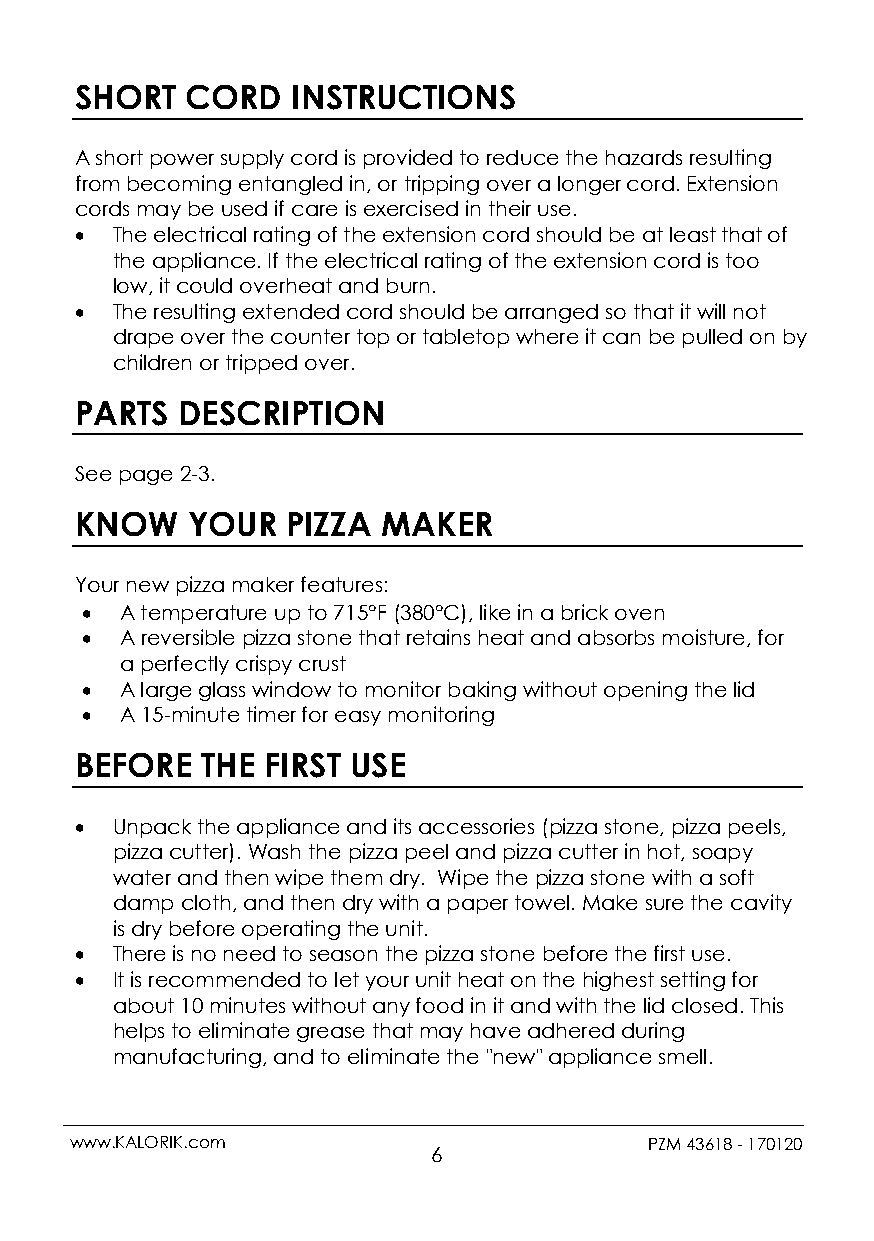
SHORT  CORD   INSTRUCTIONS
 A short power supply cord is provided to reduce the hazards resulting
 from becoming entangled in, or tripping over a longer cord. Extension
 cords may be used if care is exercised in their use.
  The electrical rating of the extension cord should be at least that of
 the appliance. If the electrical rating of the extension cord is too
 low, it could overheat and burn.
  The resulting extended cord should be arranged so that it will not
 drape over the counter top or tabletop where it can be pulled on by
 children or tripped over.
 PARTS  DESCRIPTION
 See page 2-3.
 KNOW   YOUR   PIZZA MAKER
 Your new pizza maker features:
   A temperature up to 715°F (380°C), like in a brick oven
   A reversible pizza stone that retains heat and absorbs moisture, for
 a perfectly crispy crust
   A large glass window to monitor baking without opening the lid
   A 15-minute timer for easy monitoring
 BEFORE  THE  FIRST USE
  Unpack the appliance and its accessories (pizza stone, pizza peels,
 pizza cutter). Wash the pizza peel and pizza cutter in hot, soapy
 water and then wipe them dry. Wipe the pizza stone with a soft
 damp cloth, and then dry with a paper towel. Make sure the cavity
 is dry before operating the unit.
  There is no need to season the pizza stone before the first use.
  It is recommended to let your unit heat on the highest setting for
 about 10 minutes without any food in it and with the lid closed. This
 helps to eliminate grease that may have adhered during
 manufacturing, and to eliminate the "new" appliance smell.
 www.KALORIK.com                       PZM 43618 - 170120
 6